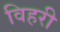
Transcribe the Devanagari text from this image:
विहरी